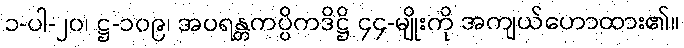
၁-ပါ-၂၀၊ ဋ္ဌ-၁၀၉၊ အပရန္တကပ္ပိကဒိဋ္ဌိ ၄၄-မျိုးကို အကျယ်ဟောထား၏။